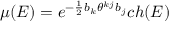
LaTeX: \mu ( E ) = e ^ { - \frac { 1 } { 2 } b _ { k } \theta ^ { k j } b _ { j } } c h ( E )